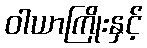
ဝါယာကြိုးနှင့်